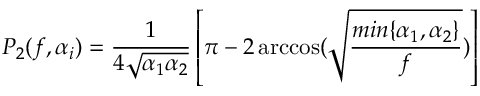
P _ { 2 } ( f , \alpha _ { i } ) = \frac { 1 } { 4 \sqrt { \alpha _ { 1 } \alpha _ { 2 } } } \left[ \pi - 2 \operatorname { a r c c o s } ( \sqrt { \frac { m i n \{ \alpha _ { 1 } , \alpha _ { 2 } \} } { f } } ) \right]